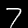
Digit: 7